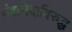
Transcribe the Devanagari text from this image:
वंशभेदाविरुद्ध